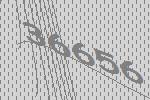
36656